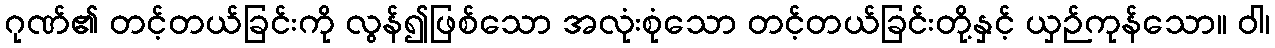
ဂုဏ်၏ တင့်တယ်ခြင်းကို လွန်၍ဖြစ်သော အလုံးစုံသော တင့်တယ်ခြင်းတို့နှင့် ယှဉ်ကုန်သော။ ဝါ၊